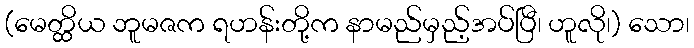
(မေတ္ထိယ ဘူမဇက ရဟန်းတို့က နာမည်မှည့်အပ်ပြီ၊ ဟူလို၊) သော၊